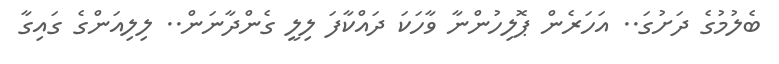
ބެލުމުގެ ދަށުގަ.. އަހަރެން ޕޮލިހުންނާ ވާހަކަ ދައްކާފަ ލިލީ ގެންދާނަން.. ލިލިއަންގެ ގައިގާ